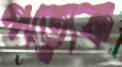
পত্যেক